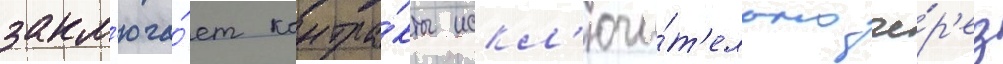
закл'юча́ет контра́кты искл'ючи́т'ельно че́р'ез